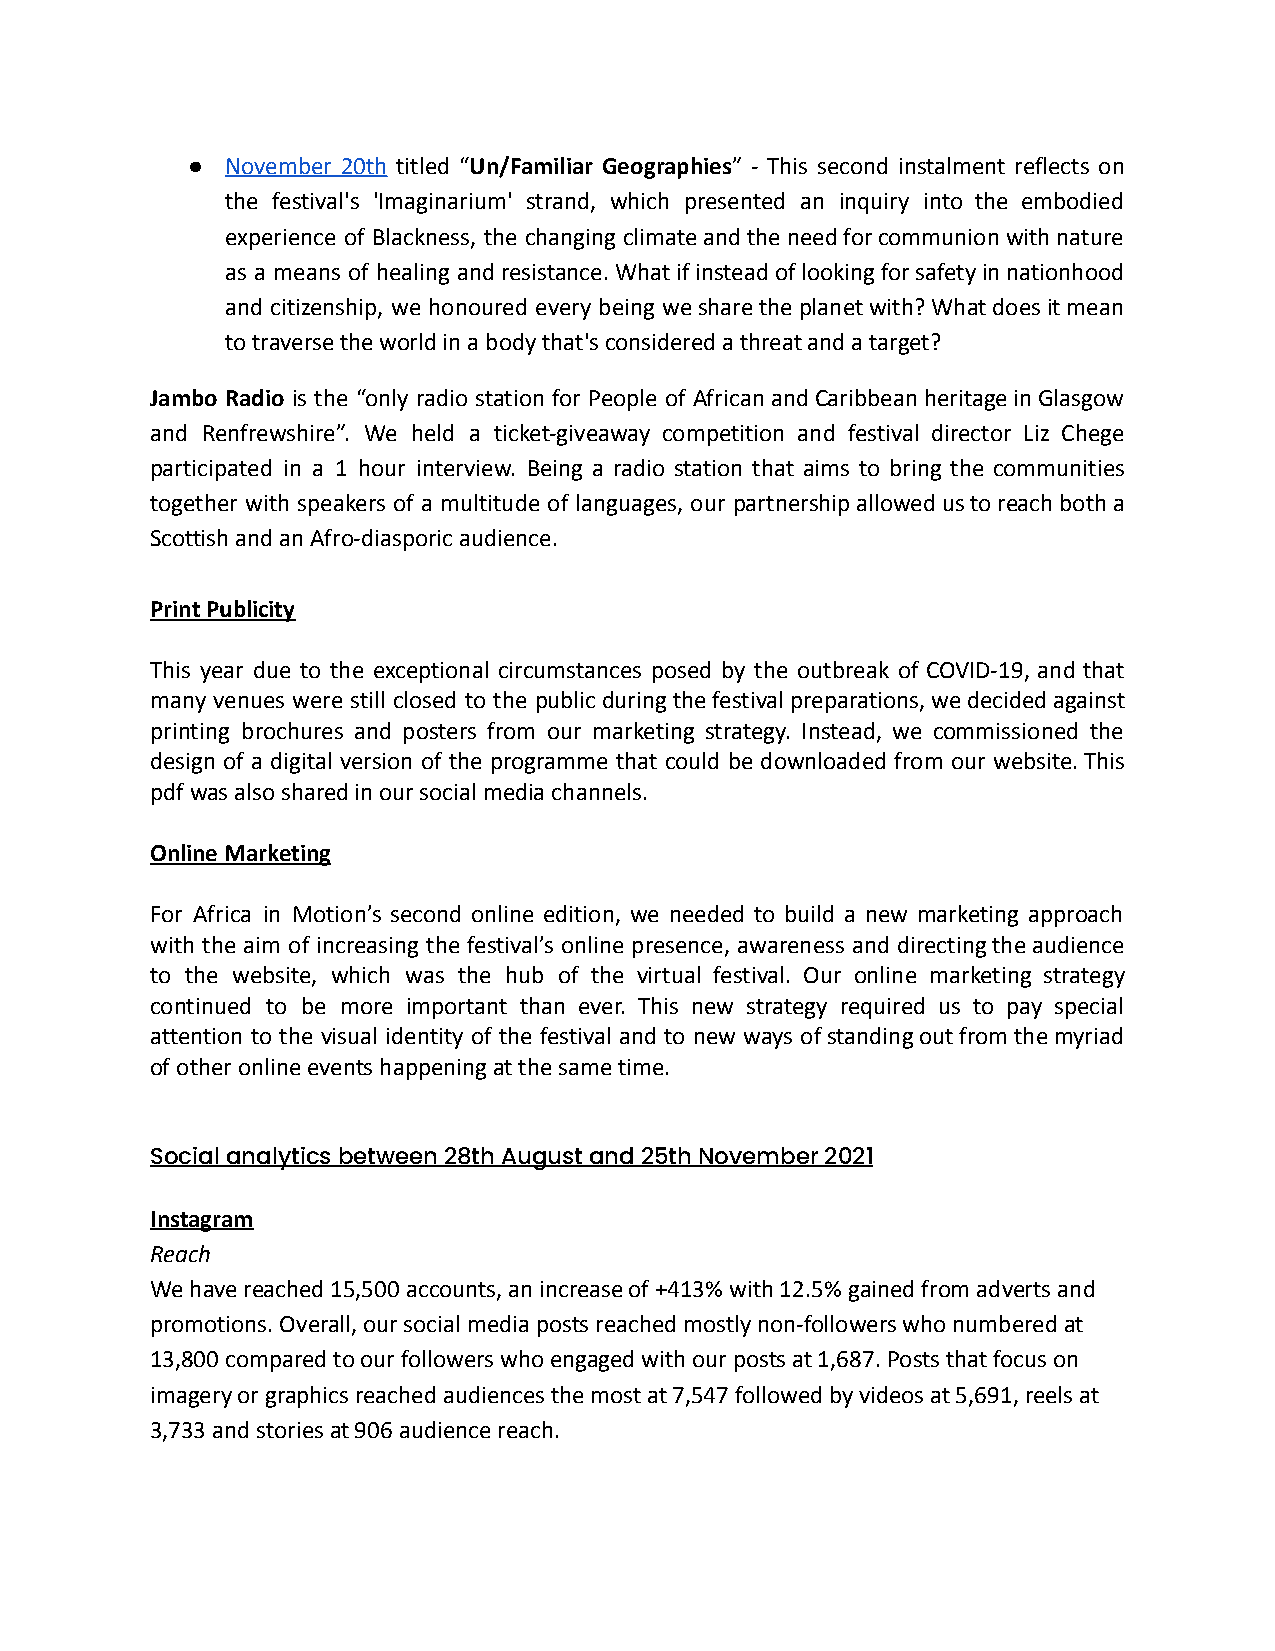
●  November 20th titled “Un/Familiar Geographies” - This second instalment reflects on
 the festival's 'Imaginarium' strand, which presented an inquiry into the embodied
 experience of Blackness, the changing climateandtheneedforcommunionwithnature
 as a means of healing andresistance.Whatifinsteadoflookingforsafetyinnationhood
 and citizenship, we honoured every being wesharetheplanetwith?Whatdoesitmean
 to traverse the world in a body that's considered a threat and a target?
 Jambo Radio is the “only radio station for People of AfricanandCaribbeanheritageinGlasgow
 and Renfrewshire”. We held a ticket-giveaway competition and festival director Liz Chege
 participated in a 1 hour interview. Being a radio station that aims to bring the communities
 together with speakers of a multitude of languages, our partnershipallowedustoreachbotha
 Scottish and an Afro-diasporic audience.
 Print Publicity
 This year due to the exceptional circumstances posed by the outbreak of COVID-19, and that
 many venues were still closed to the publicduringthefestivalpreparations,wedecidedagainst
 printing brochures and posters from our marketing strategy. Instead, we commissioned the
 design of a digital version of the programme that could be downloaded from our website.This
 pdf was also shared in our social media channels.
 Online Marketing
 For Africa in Motion’s second online edition, we needed to build a new marketing approach
 with the aim of increasing the festival’s online presence, awareness and directingtheaudience
 to the website, which was the hub of the virtual festival. Our online marketing strategy
 continued to be more important than ever. This new strategy required us to pay special
 attention to the visual identity of the festival and to new ways ofstandingoutfromthemyriad
 of other online events happening at the same time.
 Social analytics between 28th August and 25th November 2021
 Instagram
 Reach
 We have reached 15,500 accounts, an increase of +413% with 12.5% gained from adverts and
 promotions. Overall, our social media posts reached mostly non-followers who numbered at
 13,800 compared to our followers who engaged with our posts at 1,687. Posts that focus on
 imagery or graphics reached audiences the most at 7,547 followed by videos at 5,691, reels at
 3,733 and stories at 906 audience reach.